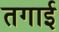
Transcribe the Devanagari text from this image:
तगाई